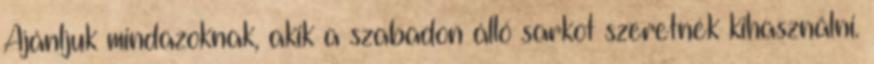
Ajánljuk mindazoknak, akik a szabadon álló sarkot szeretnék kihasználni.